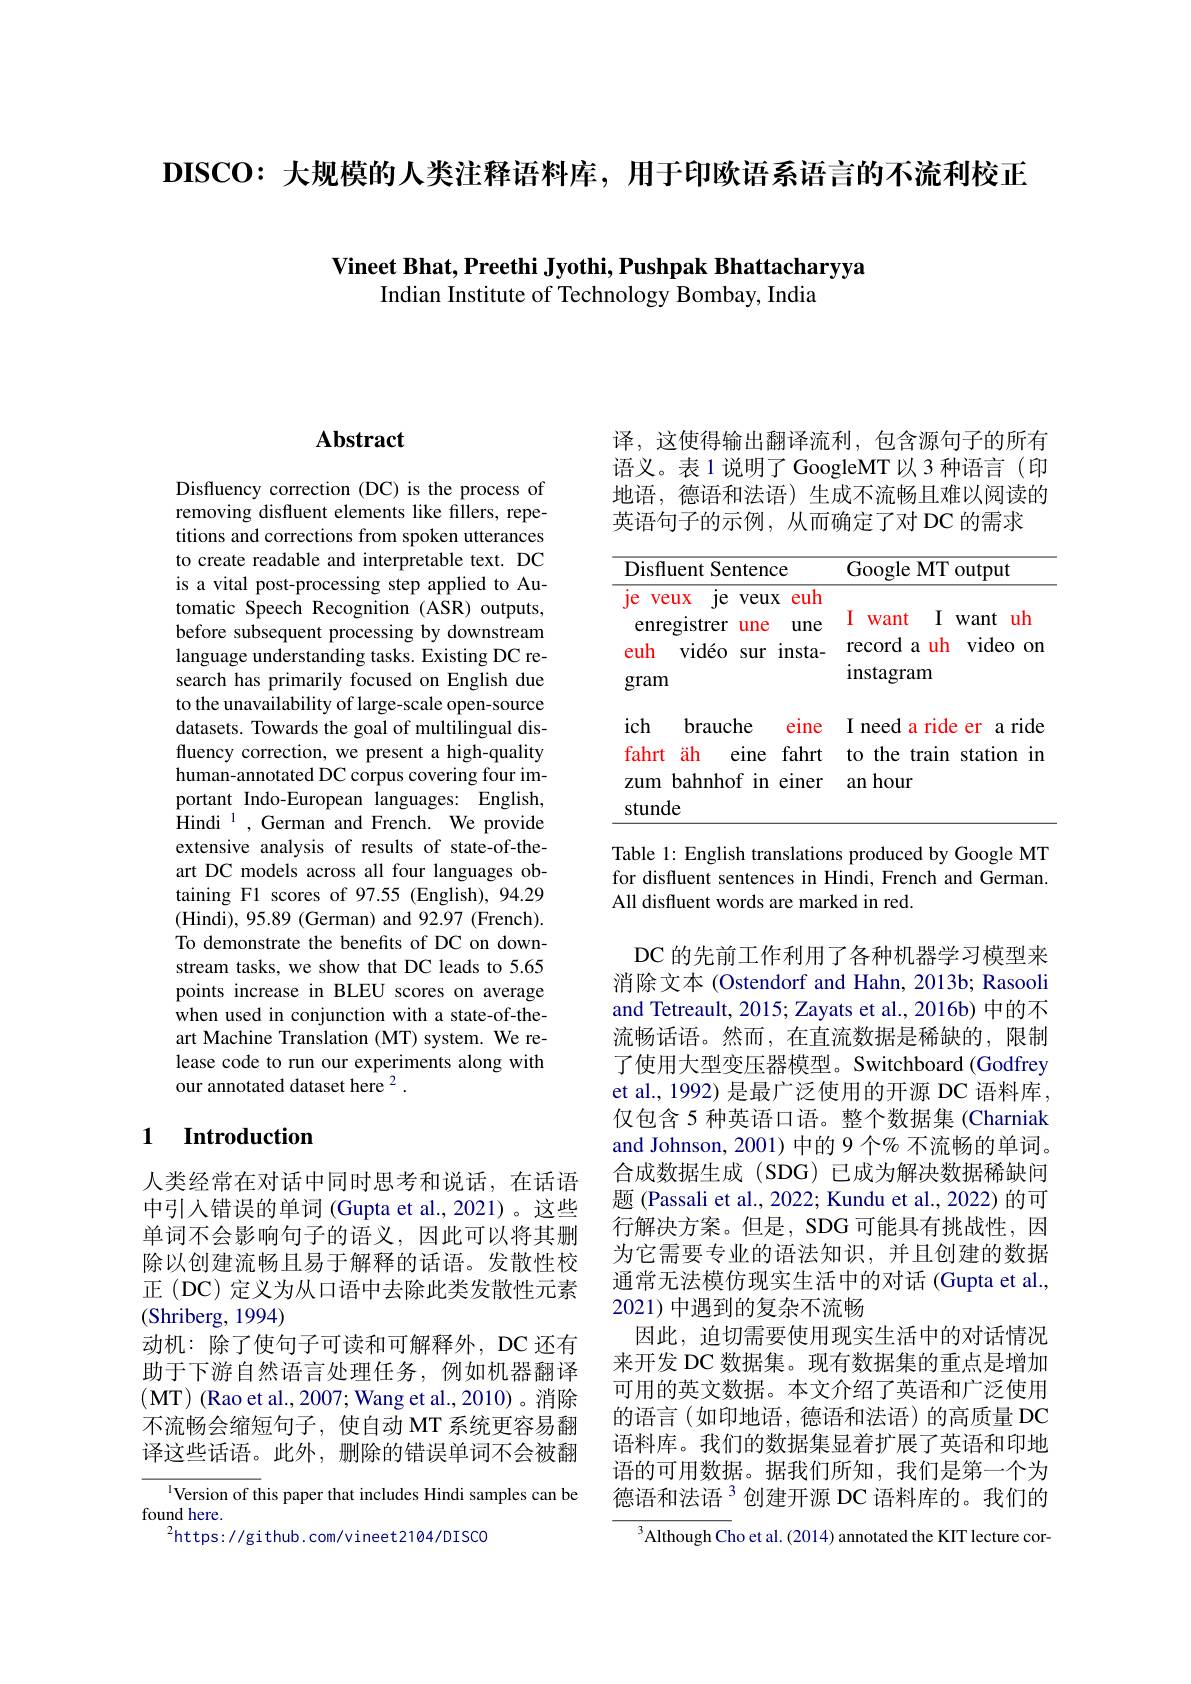
$\textbf{DISCO: 大 规 模 的 人 类 注 释 语 料 库 , 用 于 印 欧 语 系 语 言 的 不 流 利 校 正 }$

Vineet Bhat, Preethi Jyothi, Pushpak Bhattacharyya

Indian Institute of Technology Bombay, India

# Abstract

Disfluency correction (DC) is the process of removing disfluent elements like fillers, repetitions and corrections from spoken utterances to create readable and interpretable text. DC is a vital post-processing step applied to Automatic Speech Recognition (ASR) outputs, before subsequent processing by downstream language understanding tasks. Existing DC research has primarily focused on English due to the unavailability of large-scale open-source datasets. Towards the goal of multilingual disfluency correction, we present a high-quality human-annotated DC corpus covering four important Indo-European languages: English, ${\mathrm{Hindi}}^{1},{\mathrm{German~and~French.~We~provide}}$ extensive analysis of results of state-of-theart DC models across all four languages obtaining F1 scores of 97.55 (English), 94.29 (Hindi), 95.89 (German) and 92.97 (French). To demonstrate the benefits of DC on downstream tasks, we show that DC leads to 5.65 points increase in BLEU scores on average when used in conjunction with a state-of-theart Machine Translation (MT) system. We release code to run our experiments along with our annotated dataset here 2 .

## 1 Introduction

人类经常在对话中同时思考和说话，在话语中引入错误的单词 (Gupta et al., 2021)。这些单词不会影响句子的语义，因此可以将其删除以创建流畅且易于解释的话语。发散性校正 (DC) 定义为从口语中去除此类发散性元素(Shriberg, 1994)
动机：除了使句子可读和可解释外，DC 还有助于下游自然语言处理任务，例如机器翻译(MT) (Rao et al., 2007; Wang et al., 2010) 。消除不流畅会缩短句子，使自动 MT 系统更容易翻译这些话语。此外，删除的错误单词不会被翻

Version of this paper that includes Hindi samples can be
found here.
$^{2}$https: //github. com/vineet2104/DISCO

译，这使得输出翻译流利，包含源句子的所有语义。表1说明了GoogleMT以3种语言(印地语，德语和法语)生成不流畅且难以阅读的英语句子的示例，从而确定了对 DC 的需求

<table>
	<tbody>
		<tr>
			<th>Disfluent Sentence</th>
			<th>Google MT output</th>
		</tr>
	</tbody>
</table>

Table 1: English translations produced by Google MT for disfluent sentences in Hindi, French and German. All disfluent words are marked in red.

DC 的先前工作利用了各种机器学习模型来消除文本 (Ostendorf and Hahn, 2013b; Rasooli and Tetreault, 2015; Zayats et al., 2016b) 中的不流畅话语。然而，在直流数据是稀缺的，限制了使用大型变压器模型。Switchboard (Godfrey et al., 1992) 是最广泛使用的开源 DC 语料库， 仅包含 5 种英语口语。整个数据集 (Charniak and Johnson, 2001) 中的 9 个% 不流畅的单词。合成数据生成(SDG)已成为解决数据稀缺问题 (Passali et al., 2022; Kundu et al., 2022) 的可行解决方案。但是，SDG 可能具有挑战性，因为它需要专业的语法知识，并且创建的数据通常无法模仿现实生活中的对话 (Gupta et al., 2021) 中遇到的复杂不流畅
因此，迫切需要使用现实生活中的对话情况来开发 DC 数据集。现有数据集的重点是增加可用的英文数据。本文介绍了英语和广泛使用的语言(如印地语，德语和法语)的高质量 DC 语料库。我们的数据集显着扩展了英语和印地语的可用数据。据我们所知，我们是第一个为德语和法语$^{3}$创建开源 DC 语料库的。我们的
$^{3}$Although Cho et al.(2014) annotated the KIT lecture cor-